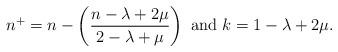
LaTeX: \begin{align*}n^+ = n - \left(\frac{n - \lambda + 2\mu}{2 - \lambda + \mu}\right) \mbox{ and } k = 1 -\lambda + 2\mu.\end{align*}